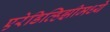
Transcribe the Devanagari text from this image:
एरेडिव्हिझीमध्ये